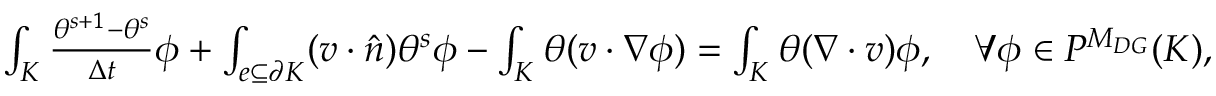
\begin{array} { r } { \int _ { K } \frac { \theta ^ { s + 1 } - \theta ^ { s } } { \Delta t } \phi + \int _ { e \subseteq \partial K } ( v \cdot \hat { n } ) \theta ^ { s } \phi - \int _ { K } \theta ( v \cdot \nabla \phi ) = \int _ { K } \theta ( \nabla \cdot v ) \phi , \quad \forall \phi \in P ^ { M _ { D G } } ( K ) , } \end{array}